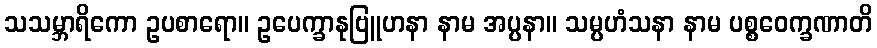
သသမ္ဘာရိကော ဥပစာရော။ ဥပေက္ခာနုဗြူဟနာ နာမ အပ္ပနာ။ သမ္ပဟံသနာ နာမ ပစ္စဝေက္ခဏာတိ